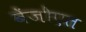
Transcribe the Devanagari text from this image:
बेंजोएत